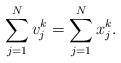
LaTeX: \begin{align*}\sum_{j=1}^{N} v^k_j = \sum_{j=1}^{N} x^k_j. \end{align*}